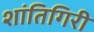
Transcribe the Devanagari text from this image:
शांतिगिरी